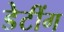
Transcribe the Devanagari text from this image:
डेटींग